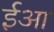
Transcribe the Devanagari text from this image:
ईआ